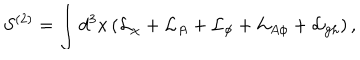
S ^ { ( 2 ) } = \int d ^ { 3 } x \left( { \cal L } _ { \chi } + { \cal L } _ { A } + { \cal L } _ { \phi } + { \cal L } _ { A \phi } + { \cal L } _ { \mathrm { g h } } \right) ,